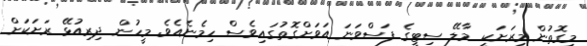
މިގޮތުން މިރަށަކީ މާލޭ ސިޓީގެ ފަސްވަނަ އަވަށްގޮތުގައިވެސް ހިމެނެއެވެ. މީހުން ދިރިއުޅޭ ރަށަކަށް